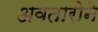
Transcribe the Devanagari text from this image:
अवतारोने